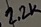
Text: 2.2K